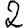
Digit: 2